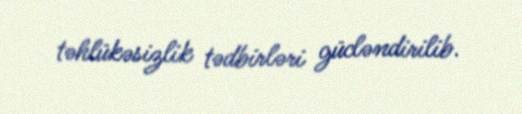
təhlükəsizlik tədbirləri gücləndirilib.